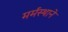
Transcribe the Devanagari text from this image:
मर्मस्थाने